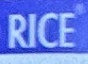
PRICE